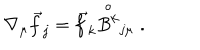
\nabla _ { \mu } \vec { f } _ { j } = \vec { f } _ { k } \stackrel { \circ } { B ^ { k } } _ { j \mu } \; .